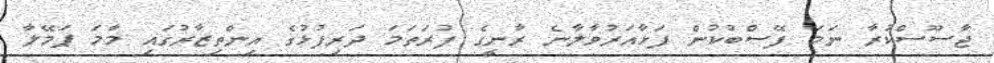
ޖާސޫސްކުރާ ނަމަ ފޭސްބުކުން ފަޅާއަރުވާލާނެ ރާނީގެ ފުރަތަމަ ދަރިފުޅުގެ އިންތިޒާރުގައި މާމަ ޕަމޭލާ